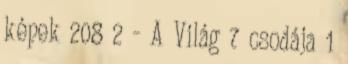
képek 208 2 - A Világ 7 csodája 1